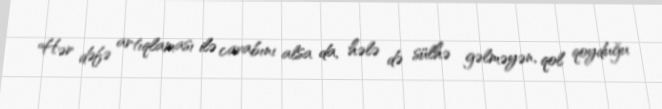
Hər dəfə artıqlaması ilə cavabını alsa da, hələ də sülhə gəlməyən, qol qoyduğu